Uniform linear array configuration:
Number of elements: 8
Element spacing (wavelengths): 0.75
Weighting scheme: exponential
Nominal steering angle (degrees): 0
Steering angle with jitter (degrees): -1.146
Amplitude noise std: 0.05
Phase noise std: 0.05

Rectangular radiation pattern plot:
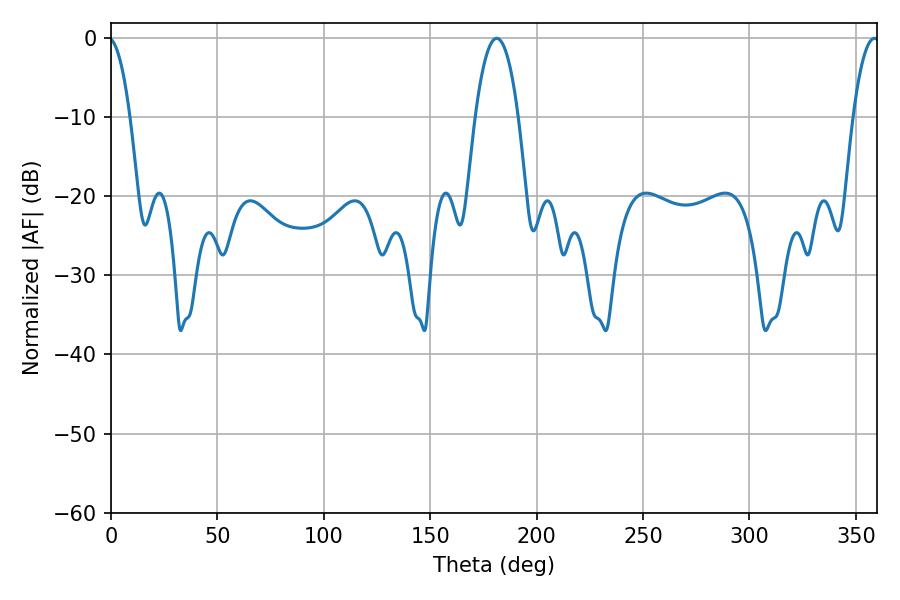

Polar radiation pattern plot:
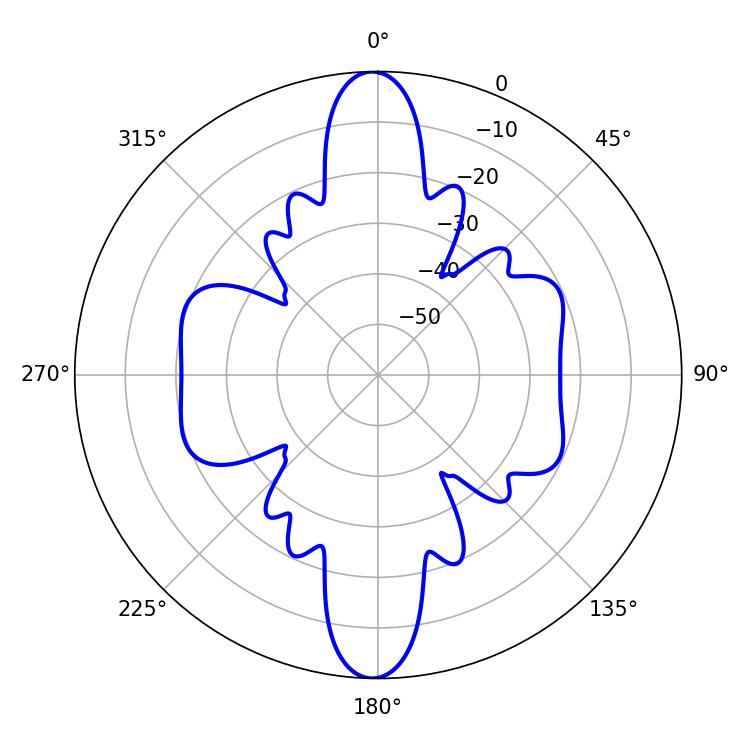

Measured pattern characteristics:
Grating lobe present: TRUE
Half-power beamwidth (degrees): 11.16
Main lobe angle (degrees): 181.26